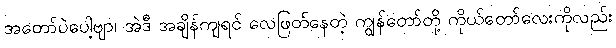
အတော်ပဲပေါ့ဗျာ၊ အဲဒီ အချိန်ကျရင် လေဖြတ်နေတဲ့ ကျွန်တော်တို့ ကိုယ်တော်လေးကိုလည်း